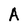
Character: A